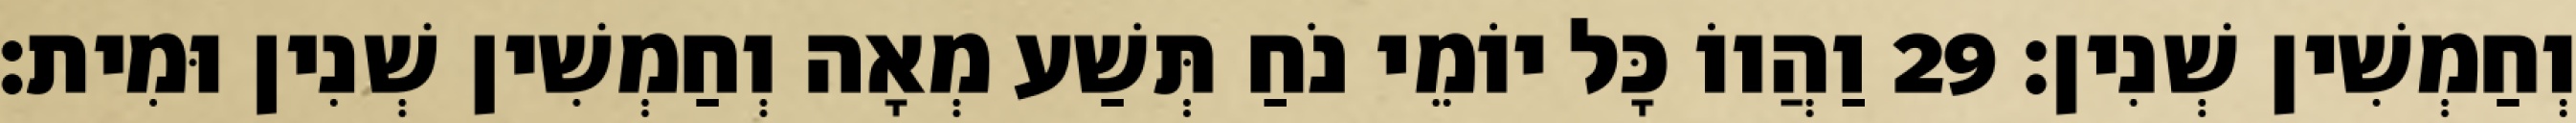
וְחַמְשִׁין שְׁנִין׃ 29 וַהֲווֹ כָּל יוֹמֵי נֹחַ תְּשַׁע מְאָה וְחַמְשִׁין שְׁנִין וּמִית׃